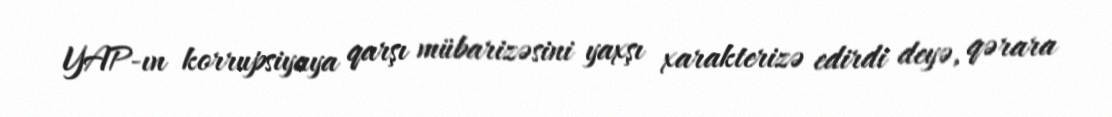
YAP-ın korrupsiyaya qarşı mübarizəsini yaxşı xarakterizə edirdi deyə, qərara